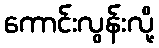
ကောင်းလွန်းလို့